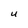
Character: U